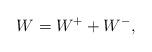
LaTeX: \begin{align*}W=W^++W^-,\end{align*}